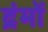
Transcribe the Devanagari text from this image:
द्रंमों